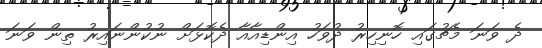
ދެ ވަނަ މެޗުގައި ހޮނިހިރު ދުވަހު އިންޑިއާއާ ދެކޮޅަށް ނުކުންނައިރު ތިން ވަނަ